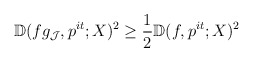
\begin{align*}\mathbb{D}(fg_{\mathcal{J}}, p^{it}; X)^2 \geq \frac{1}{2}\mathbb{D}(f, p^{it}; X)^2\end{align*}